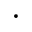
\cdot